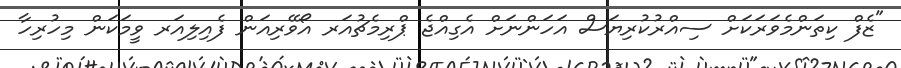
"ޒެފް ކިތަންމެވަރަކަށް ސިއްރުކުރިޔަސް އަހަންނަށް އެގިއްޖެ ޕްރިމެޗުއަރ އޯވޭރިއަން ފެއިލިއަރ ވީމަކަން މިހުރިހާ